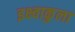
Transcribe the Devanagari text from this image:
इक्ष्वाकुला